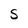
Character: S